Insane asylums Bombay 1873-77 - 1873-1877
Year: 1873
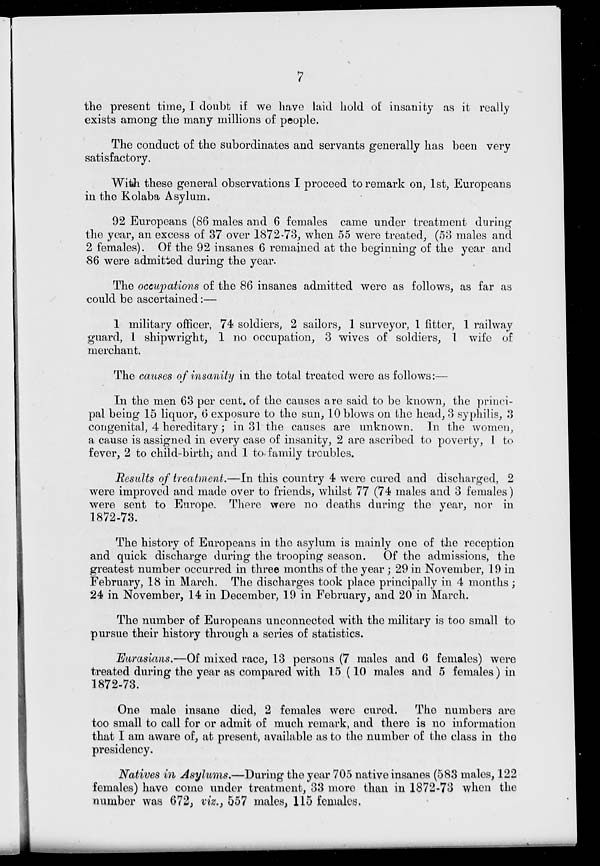
7
the present time, I doubt if we have laid hold of insanity as it really
exists among the many millions of people.
The conduct of the subordinates and servants generally has been very
satisfactory.
With these general observations I proceed to remark on, 1st, Europeans
in the Kolaba Asylum.
92 Europeans (86 males and 6 females came under treatment during
the year, an excess of 37 over 1872-73, when 55 were treated, (53 males and
2 females). Of the 92 insanes 6 remained at the beginning of the year and
86 were admitted during the year.
The occupations of the 86 insanes admitted were as follows, as far as
could be ascertained:—
1 military officer, 74 soldiers, 2 sailors, 1 surveyor, 1 fitter, 1 railway
guard, 1 shipwright, 1 no occupation, 3 wives of soldiers, 1 wife of
merchant.
The causes of insanity in the total treated were as follows:—
In the men 63 per cent. of the causes are said to be known, the princi-
pal being 15 liquor, 6 exposure to the sun, 10 blows on the head, 3 syphilis, 3
congenital, 4 hereditary; in 31 the causes are unknown. In the women,
a cause is assigned in every case of insanity, 2 are ascribed to poverty, 1 to
fever, 2 to child-birth, and 1 to family troubles.
Results of treatment.—In this country 4 were cured and discharged, 2
were improved and made over to friends, whilst 77 (74 males and 3 females)
were sent to Europe. There were no deaths during the year, nor in
1872-73.
The history of Europeans in the asylum is mainly one of the reception
and quick discharge during the trooping season.
Of the admissions, the
greatest number occurred in three months of the year ; 29 in November, 19 in
February, 18 in March. The discharges took place principally in 4 months ;
24 in November, 14 in December, 19 in February, and 20 in March.
The number of Europeans unconnected with the military is too small to
pursue their history through a series of statistics.
Eurasians.—Of mixed race, 13 persons (7 males and 6 females) were
treated during the year as compared with 15 (10 males and 5 females) in
1872-73.
One male insane died, 2 females were cured.
The numbers are
too small to call for or admit of much remark, and there is no information
that I am aware of, at present, available as to the number of the class in the
presidency.
Natives in Asylums.—During the year 705 native insanes (583 males, 122
females) have come under treatment, 33 more than in 1872-73 when the
number was 672, viz., 557 males, 115 females.